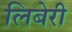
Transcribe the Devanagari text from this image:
लिबेरी